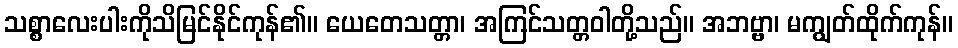
သစ္စာလေးပါးကိုသိမြင်နိုင်ကုန်၏။ ယေတေသတ္တာ၊ အကြင်သတ္တဝါတို့သည်။ အဘဗ္ဗာ၊ မကျွတ်ထိုက်ကုန်။